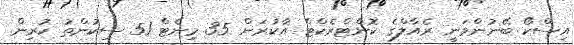
އިސްކޯ ބޭނުންވަނީ ރެއާލްގެ ކޮންޓްރެކްޓް އާކުރަން 35 މިނެޓް 51 ސިކުންތު ކުރިން.